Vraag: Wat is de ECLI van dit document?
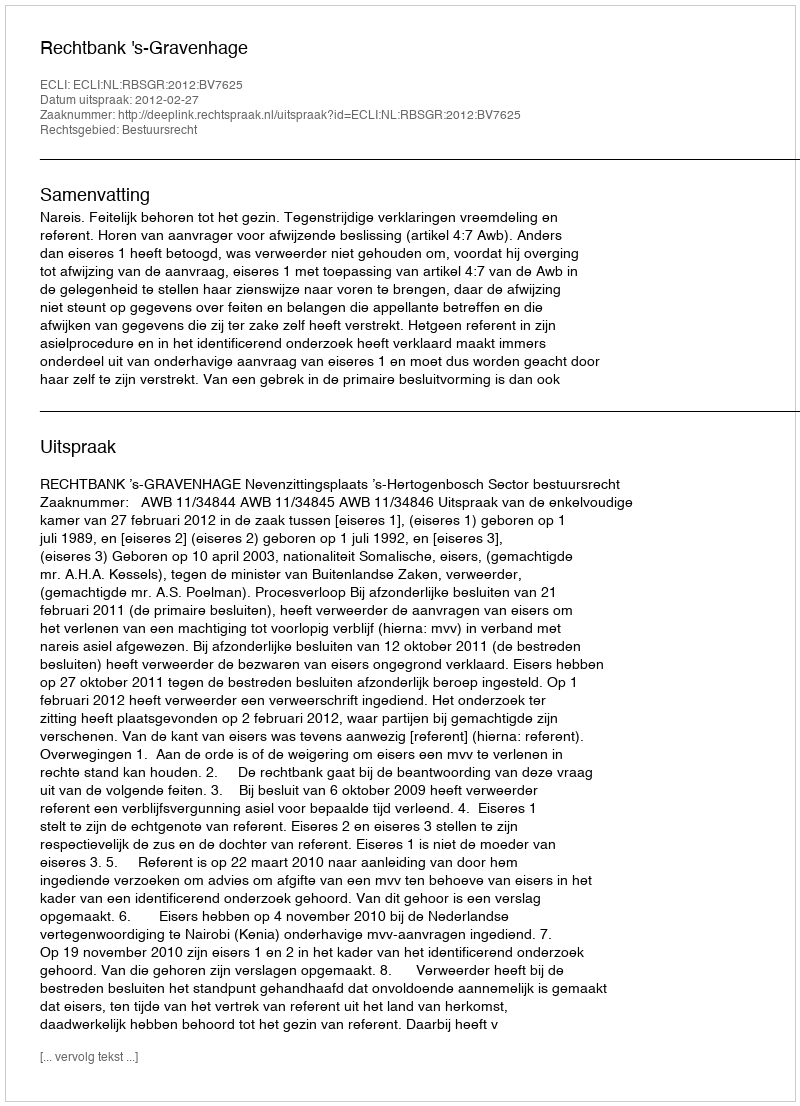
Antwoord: ECLI:NL:RBSGR:2012:BV7625